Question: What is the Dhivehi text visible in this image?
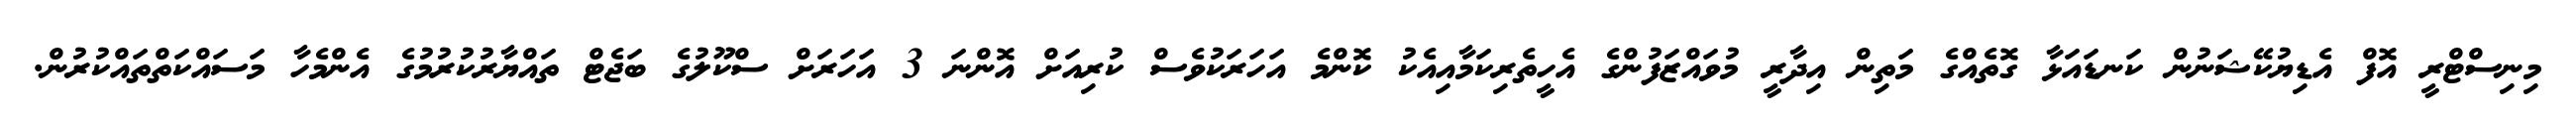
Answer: މިނިސްޓްރީ އޮފް އެޑިޔުކޭޝަނުން ކަނޑައަޅާ ގޮތެއްގެ މަތިން އިދާރީ މުވައްޒަފުންގެ އެހީތެރިކަމާއިއެކު ކޮންމެ އަހަރަކުވެސް ކުރިއަށް އޮންނަ 3 އަހަރަށް ސްކޫލުގެ ބަޖެޓް ތައްޔާރުކުރުމުގެ އެންމެހާ މަސައްކަތްތައްކުރުން.